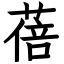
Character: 蓓